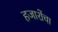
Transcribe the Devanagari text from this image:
हजारोंचा